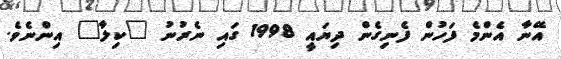
އޭނާ އެންމެ ފަހުން ފެނިގެން ދިޔައީ 1998 ގައި ނެރުނު "ކިލާ" އިންނެވެ.